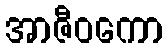
အာဇီဝကော